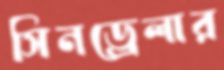
সিনড্রেলার